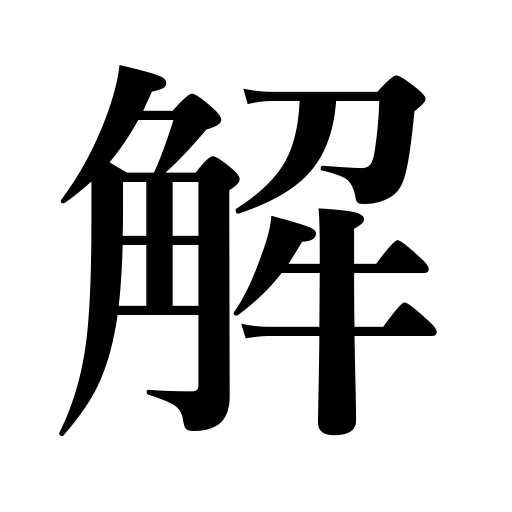
Meanings: relent,excuse,key,absolve,explain,come untied,loosen,get loose,be relieved of a job,solve,be dispelled,release,untie,notes,cancel,dismantle,understanding,disentangle,explanation,unsew,be solved,dispel,unpack,undo,dismiss a person,comb out,answer,unravel